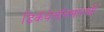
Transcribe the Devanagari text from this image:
डिकॅथेलॉनसारखी